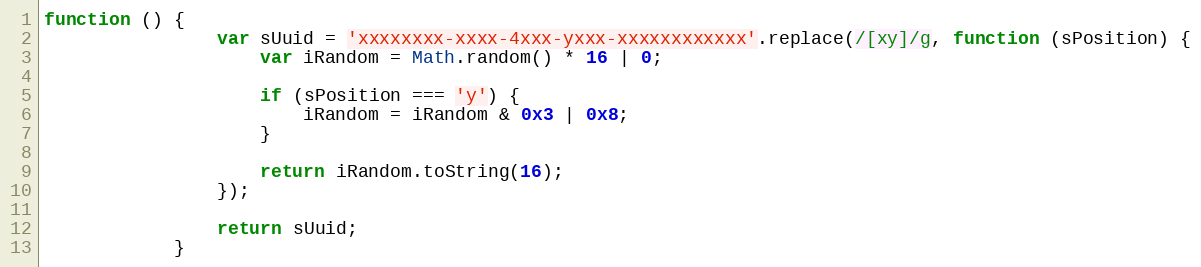
Language: JavaScript
function () {
				var sUuid = 'xxxxxxxx-xxxx-4xxx-yxxx-xxxxxxxxxxxx'.replace(/[xy]/g, function (sPosition) {
					var iRandom = Math.random() * 16 | 0;

					if (sPosition === 'y') {
						iRandom = iRandom & 0x3 | 0x8;
					}

					return iRandom.toString(16);
				});

				return sUuid;
			}